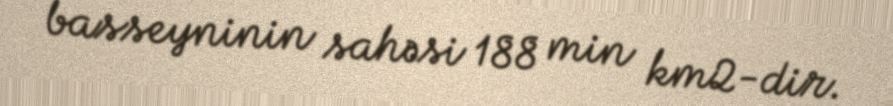
basseyninin sahəsi 188 min km2-dir.